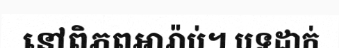
នៅពិភពអារ៉ាប់។ បទដាក់